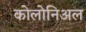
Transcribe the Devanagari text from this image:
कोलोनिअल